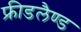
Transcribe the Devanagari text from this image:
फ्रीडलैण्ड